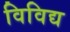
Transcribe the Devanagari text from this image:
विविद्य